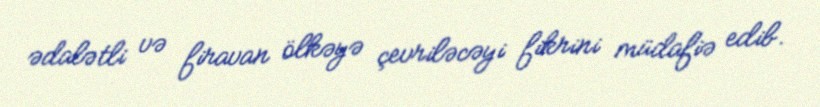
ədalətli və firavan ölkəyə çevriləcəyi fikrini müdafiə edib.